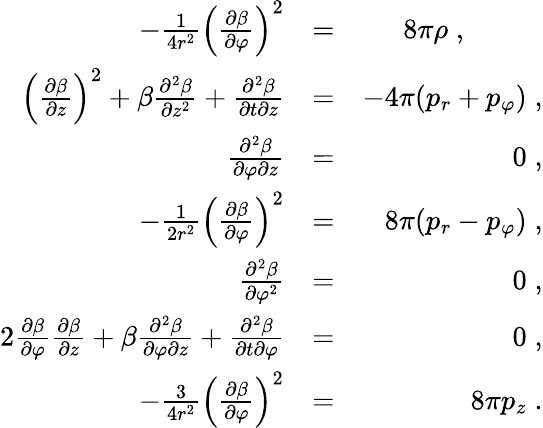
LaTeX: \begin{array}{rlr}{-\frac{1}{4r^{2}}\left(\frac{\partial\beta}{\partial\varphi}\right)^{2}}&{=}&{8\pi\rho\; ,\; \; \; \; \; \; \; \; \; \; }\\ {\left(\frac{\partial\beta}{\partial z}\right)^{2}+\beta\frac{\partial^{2}\beta}{\partial z^{2}}+\frac{\partial^{2}\beta}{\partial t\partial z}}&{=}&{-4\pi(p_{r}+p_{\varphi})\; ,}\\ {\frac{\partial^{2}\beta}{\partial\varphi\partial z}}&{=}&{0\; ,}\\ {-\frac{1}{2r^{2}}\left(\frac{\partial\beta}{\partial\varphi}\right)^{2}}&{=}&{8\pi(p_{r}-p_{\varphi})\; ,}\\ {\frac{\partial^{2}\beta}{\partial\varphi^{2}}}&{=}&{0\; ,}\\ {2\frac{\partial\beta}{\partial\varphi}\frac{\partial\beta}{\partial z}+\beta\frac{\partial^{2}\beta}{\partial\varphi\partial z}+\frac{\partial^{2}\beta}{\partial t\partial\varphi}}&{=}&{0\; ,}\\ {-\frac{3}{4r^{2}}\left(\frac{\partial\beta}{\partial\varphi}\right)^{2}}&{=}&{8\pi p_{z}\; .}\end{array}